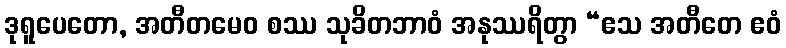
ဒုရူပေတော, အတီတမေဝ စဿ သုခိတဘာဝံ အနုဿရိတွာ “ဧသ အတီတေ ဧဝံ